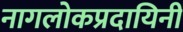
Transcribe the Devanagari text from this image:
नागलोकप्रदायिनी